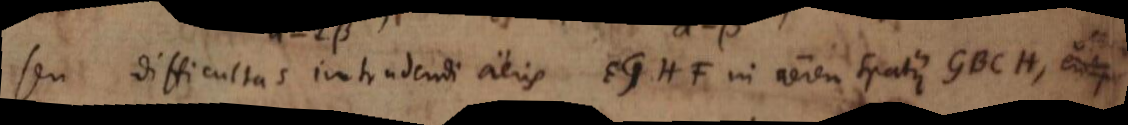
seu difficultas intrudendi aeris EGHF in aerem spatii GBCH, erit.